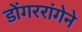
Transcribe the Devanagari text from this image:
डोंगररांगेने